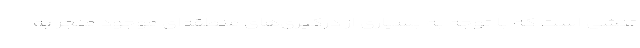
تنشی است که با توجه به بسیاری از درگیری‌های منطقه‌ای موجود منجر به